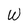
Character: W